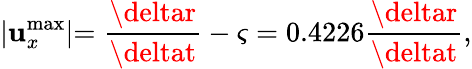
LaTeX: \lvert\mathbf{u}_{x}^{\mathrm{{max}}}\lvert=\frac{{\deltar}}{{\deltat}}-\varsigma=0.4226\frac{{\deltar}}{{\deltat}},